Investigations on Bengal jail dietaries - Number 37
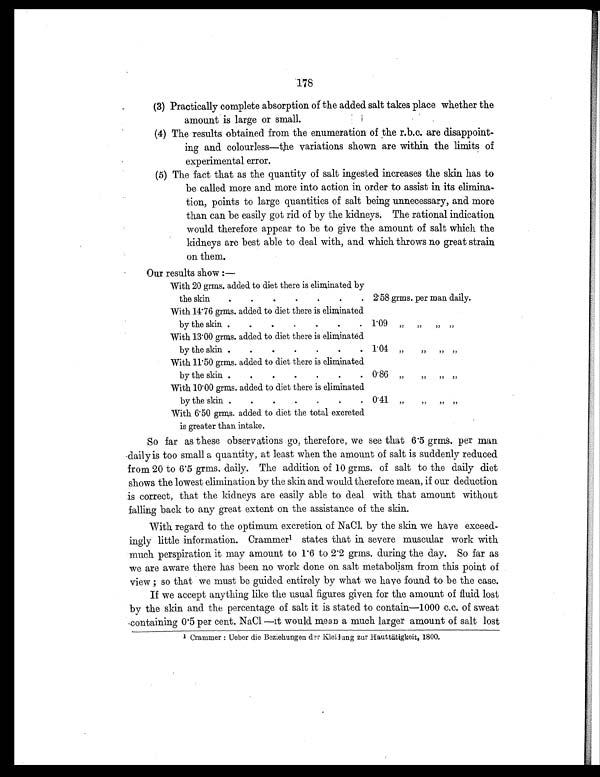
178
(3) Practically complete absorption of the added salt takes place whether the
amount is large or small.
(4) The results obtained from the enumeration of the r.b.c. are disappoint-
ing and colourless—the variations shown are within the limits of
experimental error.
(5) The fact that as the quantity of salt ingested increases the skin has to
be called more and more into action in order to assist in its elimina
- t i o n , p o i n t s t o l a r g e q u a n t i t i e s o f s a l t b e i n g u n n e c e s s a r y , a n d m o r e
than can be easily got rid of by the kidneys. The rational indication
would therefore appear to be to give the amount of salt which the
kidneys are best able to deal with, and which throws no great strain
on them.
Our results show : —
With 20 grms. added to diet there is eliminated by
the skin
.
.
.
.
.
.
. 2.58 grms. per man daily.
With 14.76 grms. added to diet there is eliminated
by the skin .
.
.
.
.
.
.
1.09
"
"
"
"
With 13.00 grms. added to diet there is eliminated
by the skin .
.
.
.
.
.
.
1.04
"
"
"
"
With 11.50 grms. added to diet there is eliminated
by the skin .
.
.
.
.
.
.
0.86 „
„
„ „
With 10.00 grms. added to diet there is eliminated
by the skin .
.
.
.
.
.
.
0.41
"
"
"
"
With 6.50 grms. added to diet the total excreted
is greater than intake.
So far as these observations go, therefore, we see that 6.5 grms. per man
daily is too small a quantity, at least when the amount of salt is suddenly reduced
from 20 to 6.5 grms. daily. The addition of 10 grms. of salt to the daily diet
shows the lowest elimination by the skin and would therefore mean, if our deduction
is correct, that the kidneys are easily able to deal with that amount without
falling back to any great extent on the assistance of the skin.
With regard to the optimum excretion of NaCl. by the skin we have exceed-
ingly little information. Crammer1 states that in severe muscular work with
much perspiration it may amount to 1.6 to 2.2 grms, during the day. So far as
we are aware there has been no work done on salt metabolism from this point of
view ; so that we must be guided entirely by what we have found to be the case.
If we accept anything like the usual figures given for the amount of fluid lost
by the skin and the percentage of salt it is stated to contain—1000 c.c. of sweat
containing 0.5 per cent. NaCl —it would mean a much larger amount of salt lost
1 Crammer : Ueber die Beziehungen der Kleidung zur Hauttätigkeit, 1800.